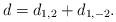
LaTeX: \begin{align*}d = d_{1,2} + d_{1,-2}.\end{align*}